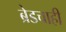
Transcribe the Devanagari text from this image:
ब्रेडचाही